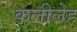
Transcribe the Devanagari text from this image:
कलीलेह